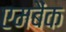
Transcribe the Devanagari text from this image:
एमबैंक